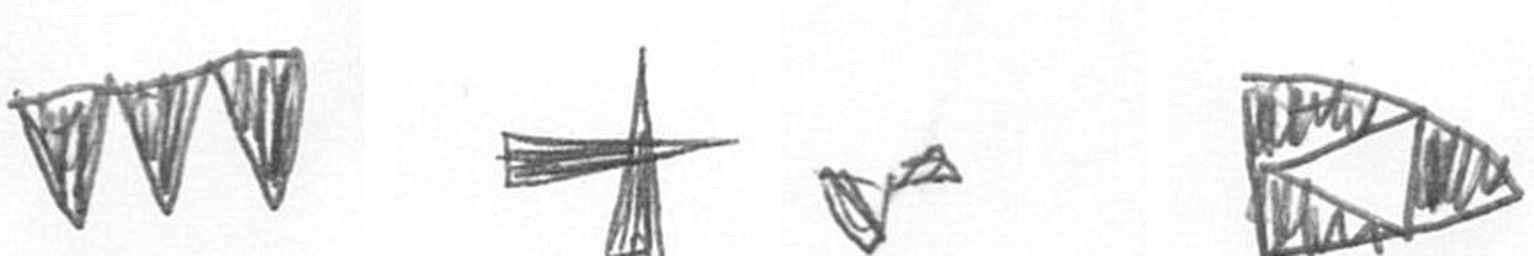
L G F K